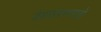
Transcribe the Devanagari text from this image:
वेडसरपणाचे